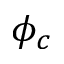
\phi _ { c }